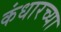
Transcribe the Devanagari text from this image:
कंधारच्या